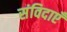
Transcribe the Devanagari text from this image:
संविदाएँ